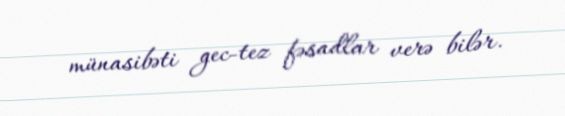
münasibəti gec-tez fəsadlar verə bilər.